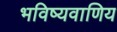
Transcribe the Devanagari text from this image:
भविष्यवाणिय